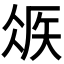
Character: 𥏂